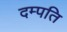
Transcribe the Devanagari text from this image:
दम्‍पति